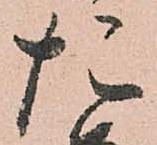
た